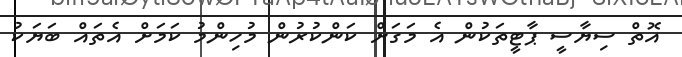
އޮތް ސިޔާސީ ޕާޓީތަކުން އެ މަގަށް ކަންކުރުން މުހިންމު ކަމަށް އެތައް ބަޔަކު